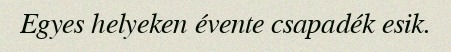
Egyes helyeken évente csapadék esik.